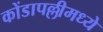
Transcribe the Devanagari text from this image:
कोंडापल्लीमध्ये